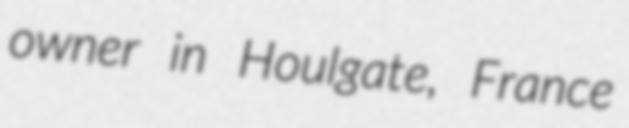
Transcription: owner in Houlgate, France